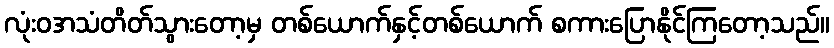
လုံးဝအသံတိတ်သွားတော့မှ တစ်ယောက်နှင့်တစ်ယောက် စကားပြောနိုင်ကြတော့သည်။